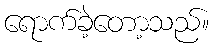
ရောက်ခဲ့တော့သည်။